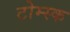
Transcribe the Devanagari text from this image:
टोम्स्क